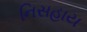
નિસહાય